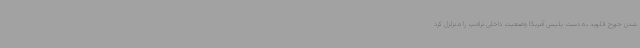
شدن جورج فلوید به دست پلیس آمریکا وضعیت داخلی ترامپ را متزلزل کرد